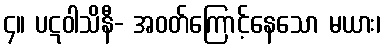
၄။ ပဋဝါသိနီ- အဝတ်ကြောင့်နေသော မယား၊